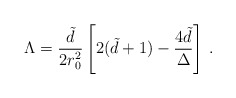
\begin{align*}\Lambda = {\tilde d \over 2r_0^2} \left[ 2(\tilde d+1)-{4\tilde d \over \Delta}\right] \, .\end{align*}